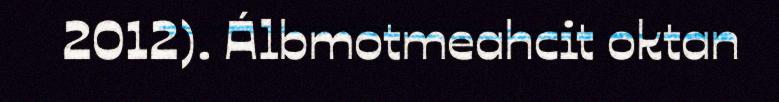
2012). Álbmotmeahcit oktan